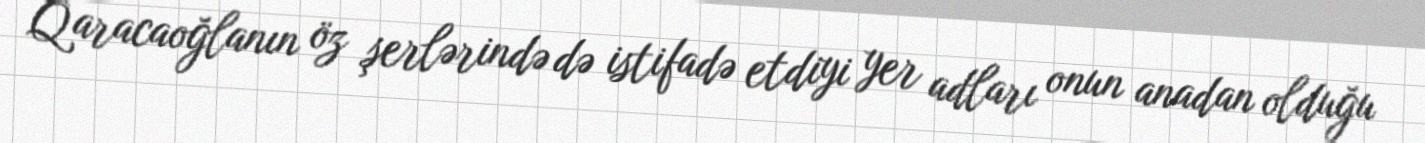
Qaracaoğlanın öz şerlərində də istifadə etdiyi yer adları onun anadan olduğu